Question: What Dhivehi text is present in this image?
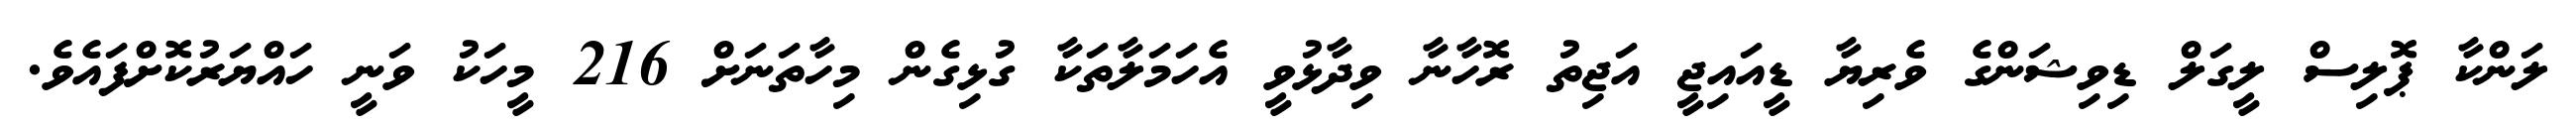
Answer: ލަންކާ ޕޮލިސް ލީގަލް ޑިވިޝަންގެ ވެރިޔާ ޑީއައިޖީ އަޖިތު ރޮހާނާ ވިދާޅުވީ އެހަމަލާތަކާ ގުޅިގެން މިހާތަނަށް 216 މީހަކު ވަނީ ހައްޔަރުކޮށްފައެވެ.